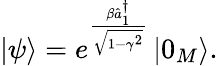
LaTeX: \left\vert\psi\right\rangle=e^{\frac{\beta\hat{a}_{1}^{\dagger}}{\sqrt{1-\gamma^{2}}}}\left\vert 0_{M}\right\rangle.